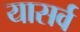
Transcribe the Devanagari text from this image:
यासर्व